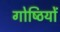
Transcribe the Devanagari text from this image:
गोष्‍ठियों